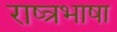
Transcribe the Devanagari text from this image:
राष्त्रभाषा